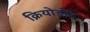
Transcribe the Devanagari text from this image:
क्रियोडोंट